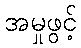
အမှုဖွင့်